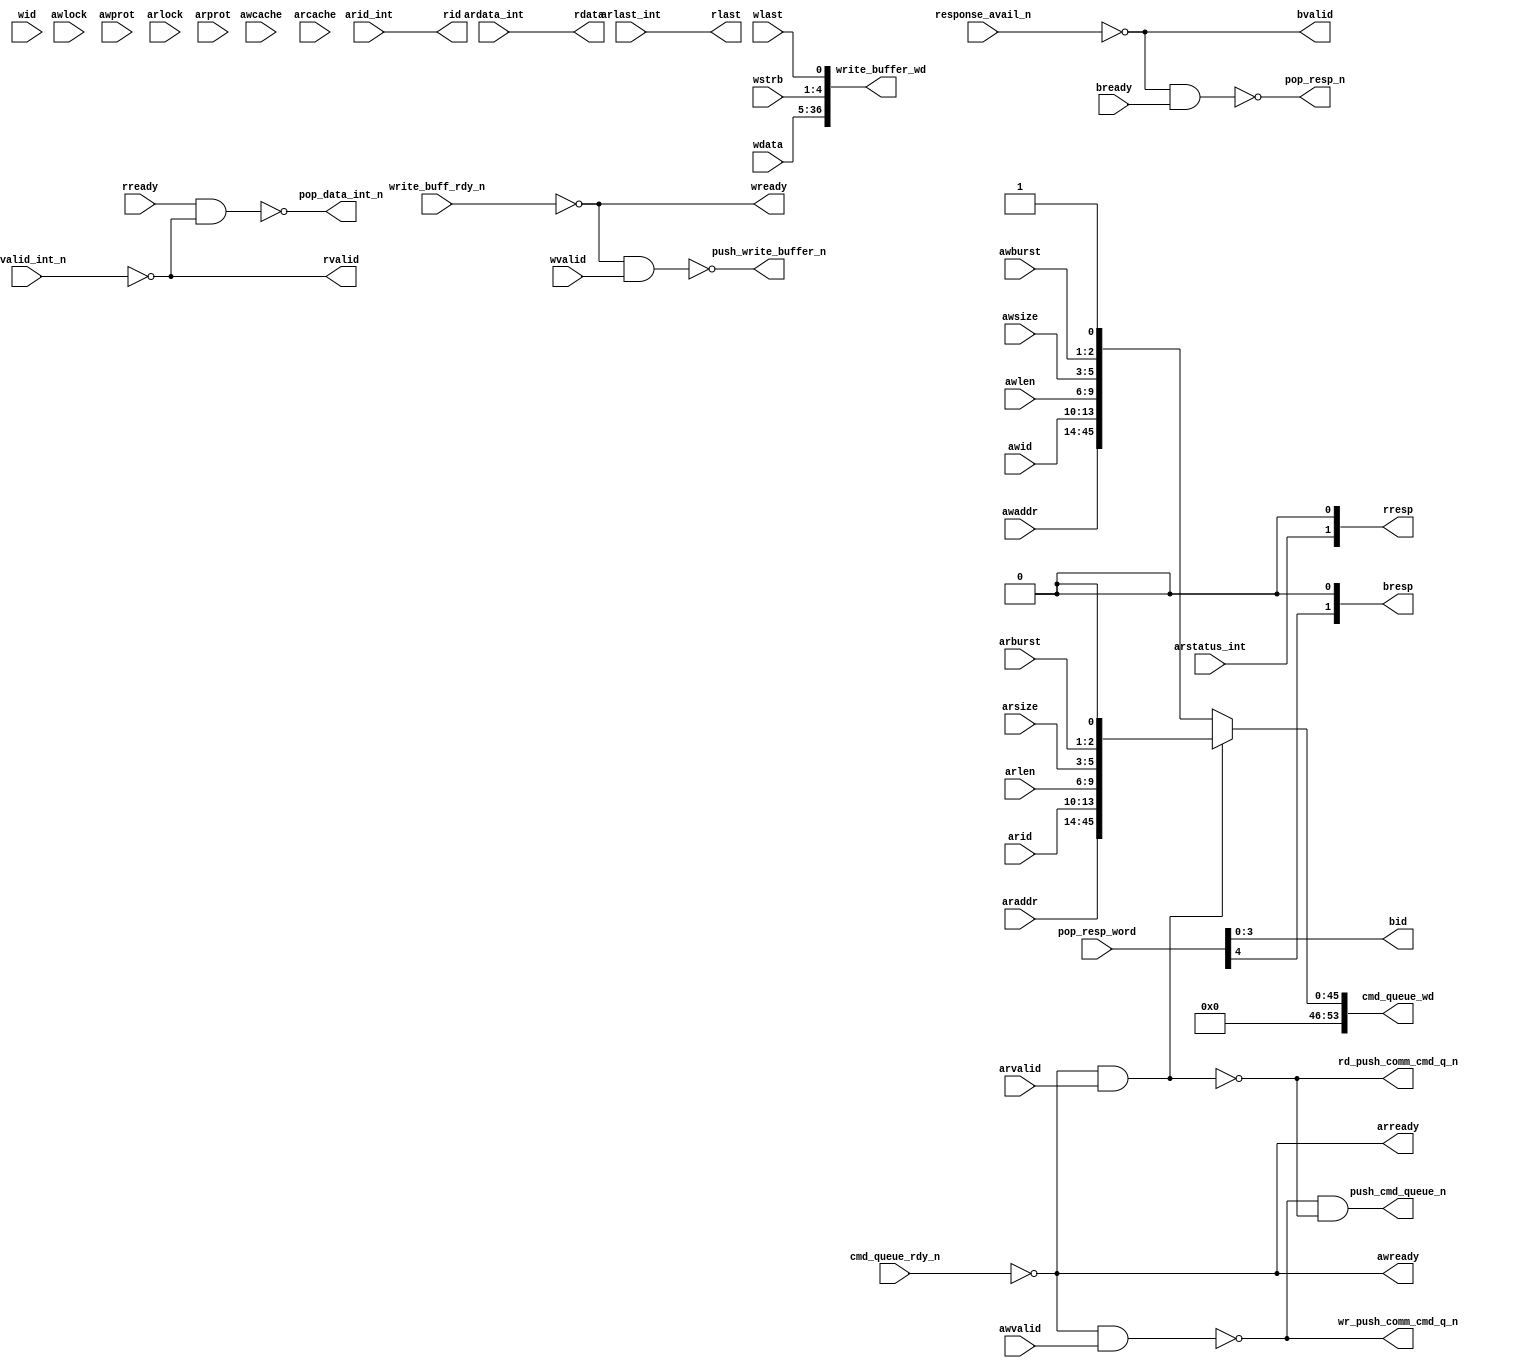
/*
 ------------------------------------------------------------------------
--
--                  (C) COPYRIGHT 2001-2011 SYNOPSYS, INC.
--                            ALL RIGHTS RESERVED
--
--  This software and the associated documentation are confidential and
--  proprietary to Synopsys, Inc.  Your use or disclosure of this
--  software is subject to the terms and conditions of a written
--  license agreement between you, or your company, and Synopsys, Inc.
--
--  The entire notice above must be reproduced on all authorized copies.
*/


//-----------------------------------------------------------------------------
// Description : AXI Slave
//               Top Level of the AXI Slave controls
//               
//----------------------------------------------------------------------------


/*********************************************************************/
/*                                                                   */
/*                  AXI_SLAVE module                                 */
/*                                                                   */
/*                                                                   */
/*********************************************************************/


module DW_axi_x2p_p(/*AUTOARG*/
   // Outputs
   awready, wready, bid, bresp, bvalid, wr_push_comm_cmd_q_n,
   rd_push_comm_cmd_q_n, cmd_queue_wd, push_cmd_queue_n, pop_resp_n,
   write_buffer_wd, push_write_buffer_n, rid, rdata, rresp, rlast,
   rvalid, arready, pop_data_int_n,
   // Inputs
   awid, awaddr, awlen, awsize, awburst, awlock, awcache, awprot,
   awvalid, wid, wdata, wstrb, wlast, wvalid, bready, cmd_queue_rdy_n,
   response_avail_n, pop_resp_word, write_buff_rdy_n, arid, araddr,
   arlen, arsize, arburst, arlock, arcache, arprot, arvalid, rready,
   arstatus_int, arid_int, arlast_int, ardata_int, arvalid_int_n
   );
   parameter AXI_ID_WIDTH = 4;
   parameter AXI_ADDR_WIDTH = 32;
   parameter AXI_DATA_WIDTH = 32;
   parameter AXI_WSTRB_WIDTH = 4;
   parameter CMD_QUEUE_WIDTH = AXI_ADDR_WIDTH + AXI_ID_WIDTH + 17;
   parameter WDFIFO_WIDTH = AXI_DATA_WIDTH + AXI_DATA_WIDTH/8 +1;
   parameter AXI_LEN_WIDTH = 4;
   

  // Signals user for the AXI master reading refer to sec 2.5
  //   AMBA AXI Protocol v1.0 from ARM              
  input [AXI_ID_WIDTH-1:0]     awid;    // id to slave
  input [AXI_ADDR_WIDTH-1:0]   awaddr;
  input [AXI_LEN_WIDTH-1:0]    awlen;
  input [2:0]                  awsize;
  input [1:0]                  awburst;
  input [1:0]                  awlock;
  input [3:0]                  awcache;
  input [2:0]                  awprot;
  input                        awvalid;
  output                       awready;   
  input [AXI_ID_WIDTH-1:0]     wid;
  input [AXI_DATA_WIDTH-1:0]   wdata;
  input [AXI_WSTRB_WIDTH-1:0]  wstrb;
  input                        wlast;
  input                        wvalid;
 
  output                       wready;
  output [AXI_ID_WIDTH-1:0]    bid;
  output [1:0]                 bresp;
  output                       bvalid;
  input                        bready;

   
  // these are used for the command queue
  output                       wr_push_comm_cmd_q_n;
  output                       rd_push_comm_cmd_q_n;
  output [CMD_QUEUE_WIDTH:0] cmd_queue_wd;
  output                       push_cmd_queue_n;
  input                        cmd_queue_rdy_n;
  //  the response buffer
  input                        response_avail_n;
  input [AXI_ID_WIDTH:0]       pop_resp_word;   // ID plus two bit status
  output                       pop_resp_n;
 
  //the write buffer
  output [WDFIFO_WIDTH-1:0]    write_buffer_wd;  // include the WSTRB and LAST
  output                       push_write_buffer_n;
  input                        write_buff_rdy_n;
  
  input [AXI_ID_WIDTH-1:0]     arid;    // id to slave
  input [AXI_ADDR_WIDTH-1:0]   araddr;  
  input [AXI_LEN_WIDTH-1:0]    arlen;
  input [2:0]                  arsize;
  input [1:0]                  arburst;
  input [1:0]                  arlock;
  input [3:0]                  arcache;
  input [2:0]                  arprot;
  input                        arvalid;
  input                        rready;   // ready to accept read data
  
  /* signals returned from the slave */
  output [AXI_ID_WIDTH-1:0]    rid;
  output [AXI_DATA_WIDTH-1:0]  rdata;
  output [1:0]                 rresp;
  output                       rlast;
  output                       rvalid; 
  output                       arready;

 // the read data fifo
  input                        arstatus_int;
  input [AXI_ID_WIDTH-1:0]     arid_int;
  input                        arlast_int;
  input [AXI_DATA_WIDTH-1:0]   ardata_int;
  output                       pop_data_int_n;
  input                        arvalid_int_n;
  
  reg                          push_cmd_queue_n;
  reg    [CMD_QUEUE_WIDTH:0] cmd_queue_wd;
  wire [AXI_ID_WIDTH-1:0]      bid;
  wire [1:0]                   bresp;  
  wire [WDFIFO_WIDTH-1:0]      write_buffer_wd;  // include the WSTRB and LAST

  // write cmd queue
   reg [CMD_QUEUE_WIDTH:0]    wr_cmd_queue_wd;
   reg [CMD_QUEUE_WIDTH:0]    rd_cmd_queue_wd;

//----------------------------------------------------------------------------- 
//                  The RESPONSE for writes                       
// passes the responses from the response buffer to the AXI       
// and the Write Data Buffer                                      
//-----------------------------------------------------------------------------
  
  // Issuing the response
  // loop on the Response Buffer upon seeing it not empty 
  // pass on the ID and error code. Keep poping until empty
  // hold the bvalid and response until bready

  // set up so all the outputs are registered out of the fifo
  assign bvalid =  (response_avail_n == 1'b0);
  assign bresp = {pop_resp_word[AXI_ID_WIDTH],1'b0};
  assign bid   = pop_resp_word[AXI_ID_WIDTH-1:0];
  assign pop_resp_n = ~((response_avail_n == 1'b0) && (bready == 1'b1));

//-----------------------------------------------------------------------------
// 
//               AXI Slave Write Control
//               Controls for writting. Pushing the command queue
//               and pushing data fromthe AXI-W into the write data buffer
//-----------------------------------------------------------------------------     


  //           command queue operations
  // send the the AWREADY if the
  // command queue is ready, as soon as the AWVALID shows up 
  // modified for APB by eliminating the  unused AXI cache, protect, lock
   assign wr_push_comm_cmd_q_n = ~((cmd_queue_rdy_n == 1'b0) && (awvalid == 1'b1));

   always @(/*AS*/awaddr or awburst or awid or awlen or awsize)
     begin
	wr_cmd_queue_wd = {awaddr,awid,awlen,awsize,awburst,1'b1};
/*;
       wr_cmd_queue_wd[AXI_DATA_WIDTH-1:0] = awaddr;
       wr_cmd_queue_wd = wr_cmd_queue_wd << AXI_ID_WIDTH; 
       wr_cmd_queue_wd[AXI_ID_WIDTH-1:0] = awid;
       wr_cmd_queue_wd = wr_cmd_queue_wd << AXI_LEN_WIDTH;
       wr_cmd_queue_wd[AXI_LEN_WIDTH-1:0] = awlen;
       wr_cmd_queue_wd = wr_cmd_queue_wd << 3;
       wr_cmd_queue_wd[2:0] = awsize;
       wr_cmd_queue_wd = wr_cmd_queue_wd << 2;
       wr_cmd_queue_wd[1:0] = awburst;
       wr_cmd_queue_wd = wr_cmd_queue_wd << 1;
       wr_cmd_queue_wd[0] = 1'b1;*/
     end // always @ (...
   
  assign awready = ~cmd_queue_rdy_n;

  // select which is to go to the command queue
  // the push commands come from the external arbritation
  always @(/*AS*/rd_cmd_queue_wd or rd_push_comm_cmd_q_n
	   or wr_cmd_queue_wd or wr_push_comm_cmd_q_n)
    begin
    /* this will be used to arb the pushes from read and write */
    /* there will be no conflicts between read and write */
      push_cmd_queue_n = wr_push_comm_cmd_q_n & rd_push_comm_cmd_q_n;
      if (rd_push_comm_cmd_q_n != 1) cmd_queue_wd = rd_cmd_queue_wd;
      else cmd_queue_wd = wr_cmd_queue_wd;
    end

  //           write data buffer
  // push the write data buffer anytime the AXI is writting and
  // the write data buffer is not full
  assign push_write_buffer_n = ~((write_buff_rdy_n == 1'b0) && (wvalid == 1'b1));
  assign write_buffer_wd = {wdata,wstrb,wlast};
  assign wready = ~write_buff_rdy_n;
    
//-----------------------------------------------------------------------------
// 
//              AXI Slave Read Controls
//                                                                  
//              Two independent operations:                                       
//                  1) Push Commands                                                  
//                     Monitor the AXI for a read operation. Upon sensing ARVALID    
//                     push the command queue and return ARREADY                      
//                  2) Monitor the Read Data Buffer and as long as it is not empty    
//                     pop its contents and present it to the AXI                      
//
//-----------------------------------------------------------------------------

//
//         Pushing the command queue
//
// push the command queue whenever the AXI-R comes
// if the command queue is available
// as soon as the ARVALID shows up send the the ARREADY
   // modified for APB by excluding the AXI cache,protect, and lock
   always @(/*AS*/araddr or arburst or arid or arlen or arsize)
     begin
	rd_cmd_queue_wd = {araddr,arid,arlen,arsize,arburst,1'b0};
     end
   

  assign rd_push_comm_cmd_q_n = ~((cmd_queue_rdy_n == 1'b0) && (arvalid == 1'b1));
  assign arready = ~cmd_queue_rdy_n;
  
//
//   The Read DATA Buffer 
//   as long as the read buffer contains anything keep popping it
//   and putting the contents out to the AXI
// 

  // As long as there is something in the Read Data Buffer issue RVALID
  assign rvalid = ~arvalid_int_n;
  // Pop the Read Data Buffer when its not empty and the AXI has issued RREADY
  assign pop_data_int_n = ~((rready == 1'b1) && (arvalid_int_n == 1'b0));
  
  assign rdata = ardata_int;
  assign rid = arid_int;
  assign rresp = {arstatus_int,1'b0};
  assign rlast = arlast_int;

endmodule // DW_axi_x2p_slave